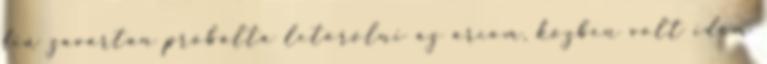
fiú zavartan próbálta letörölni az arcom, közben volt időm